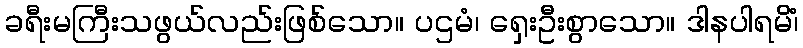
ခရီးမကြီးသဖွယ်လည်းဖြစ်သော။ ပဌမံ၊ ရှေးဦးစွာသော။ ဒါနပါရမိံ၊